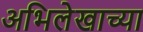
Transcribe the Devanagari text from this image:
अभिलेखाच्या